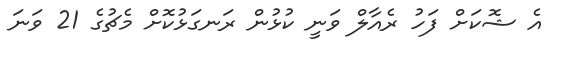
އެ ޝޮކަށް ފަހު ރެއާލް ވަނީ ކުޅުން ރަނގަޅުކޮށް މެޗުގެ 21 ވަނަ